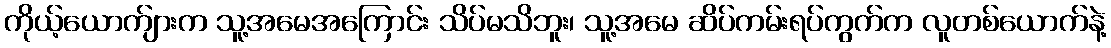
ကိုယ့်ယောက်ျားက သူ့အမေအကြောင်း သိပ်မသိဘူး၊ သူ့အမေ ဆိပ်ကမ်းရပ်ကွက်က လူတစ်ယောက်နဲ့